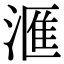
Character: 滙